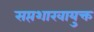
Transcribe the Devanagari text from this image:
सप्तशाखायुक्त